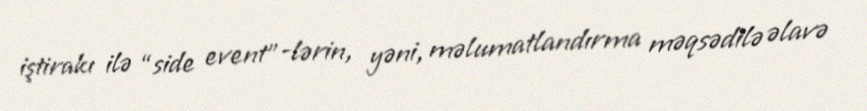
iştirakı ilə “side event”-lərin, yəni, məlumatlandırma məqsədilə əlavə